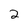
Character: 2